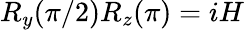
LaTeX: R_{y}(\pi/2)R_{z}(\pi)=iH